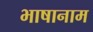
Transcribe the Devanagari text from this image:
भाषानाम